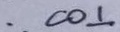
. C O \bot